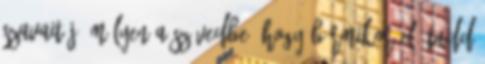
szavait jó mélyen a szívedbe, hogy bármikor elő tudd